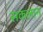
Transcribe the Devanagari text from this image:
सकलान